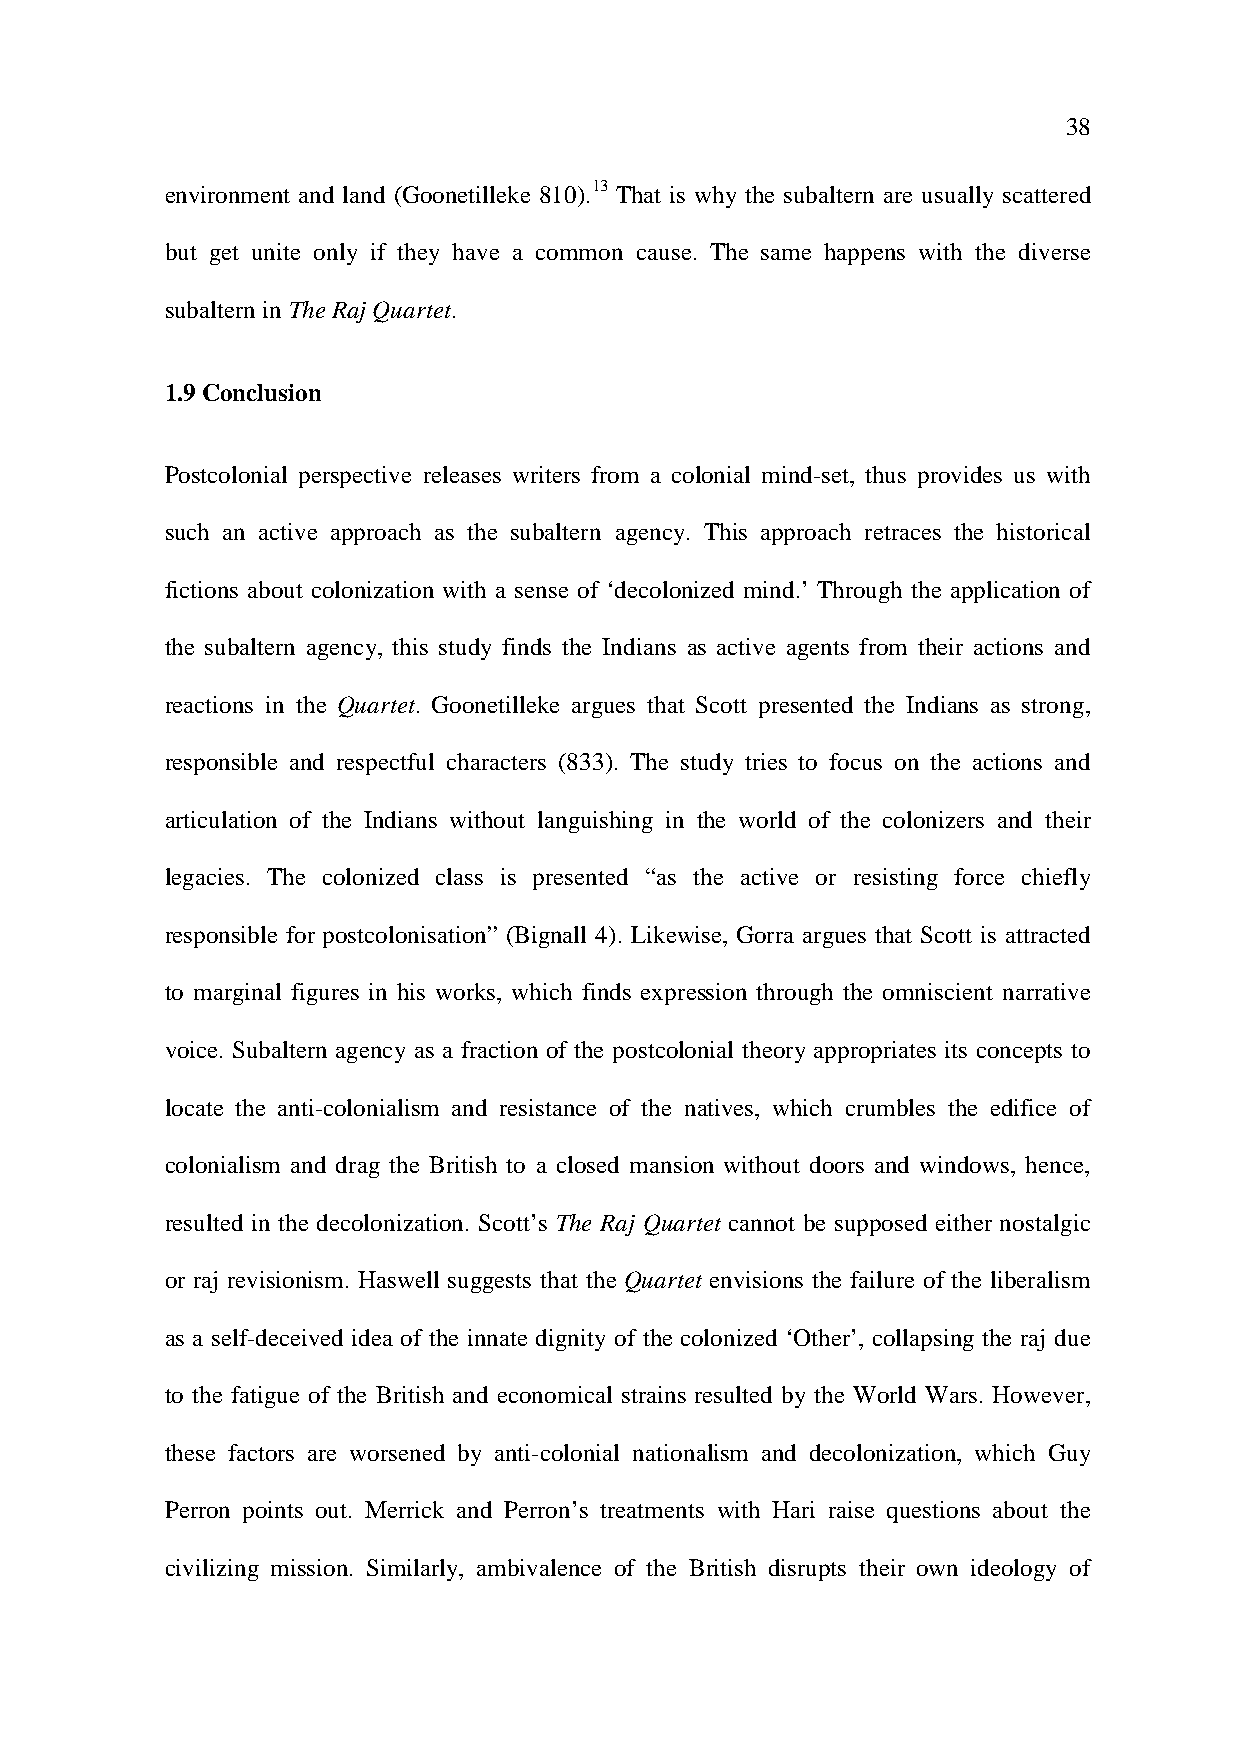
38
 environment and land (Goonetilleke 810).13 That is why the subaltern are usually scattered
 but get unite only if they have a common cause. The same happens with the diverse
 subaltern in The Raj Quartet.
 1.9 Conclusion
 Postcolonial perspective releases writers from a colonial mind-set, thus provides us with
 such an active approach as the subaltern agency. This approach retraces the historical
 fictions about colonization with a sense of ‘decolonized mind.’ Through the application of
 the subaltern agency, this study finds the Indians as active agents from their actions and
 reactions in the Quartet. Goonetilleke argues that Scott presented the Indians as strong,
 responsible and respectful characters (833). The study tries to focus on the actions and
 articulation of the Indians without languishing in the world of the colonizers and their
 legacies. The colonized class is presented “as the active or resisting force chiefly
 responsible for postcolonisation” (Bignall 4). Likewise, Gorra argues that Scott is attracted
 to marginal figures in his works, which finds expression through the omniscient narrative
 voice. Subaltern agency as a fraction of the postcolonial theory appropriates its concepts to
 locate the anti-colonialism and resistance of the natives, which crumbles the edifice of
 colonialism and drag the British to a closed mansion without doors and windows, hence,
 resulted in the decolonization. Scott’s The Raj Quartet cannot be supposed either nostalgic
 or raj revisionism. Haswell suggests that the Quartet envisions the failure of the liberalism
 as a self-deceived idea of the innate dignity of the colonized ‘Other’, collapsing the raj due
 to the fatigue of the British and economical strains resulted by the World Wars. However,
 these factors are worsened by anti-colonial nationalism and decolonization, which Guy
 Perron points out. Merrick and Perron’s treatments with Hari raise questions about the
 civilizing mission. Similarly, ambivalence of the British disrupts their own ideology of